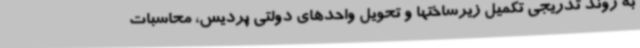
به روند تدریجی تکمیل زیرساختها و تحویل واحدهای دولتی پردیس، محاسبات